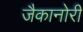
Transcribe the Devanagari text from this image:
जैकानोरी